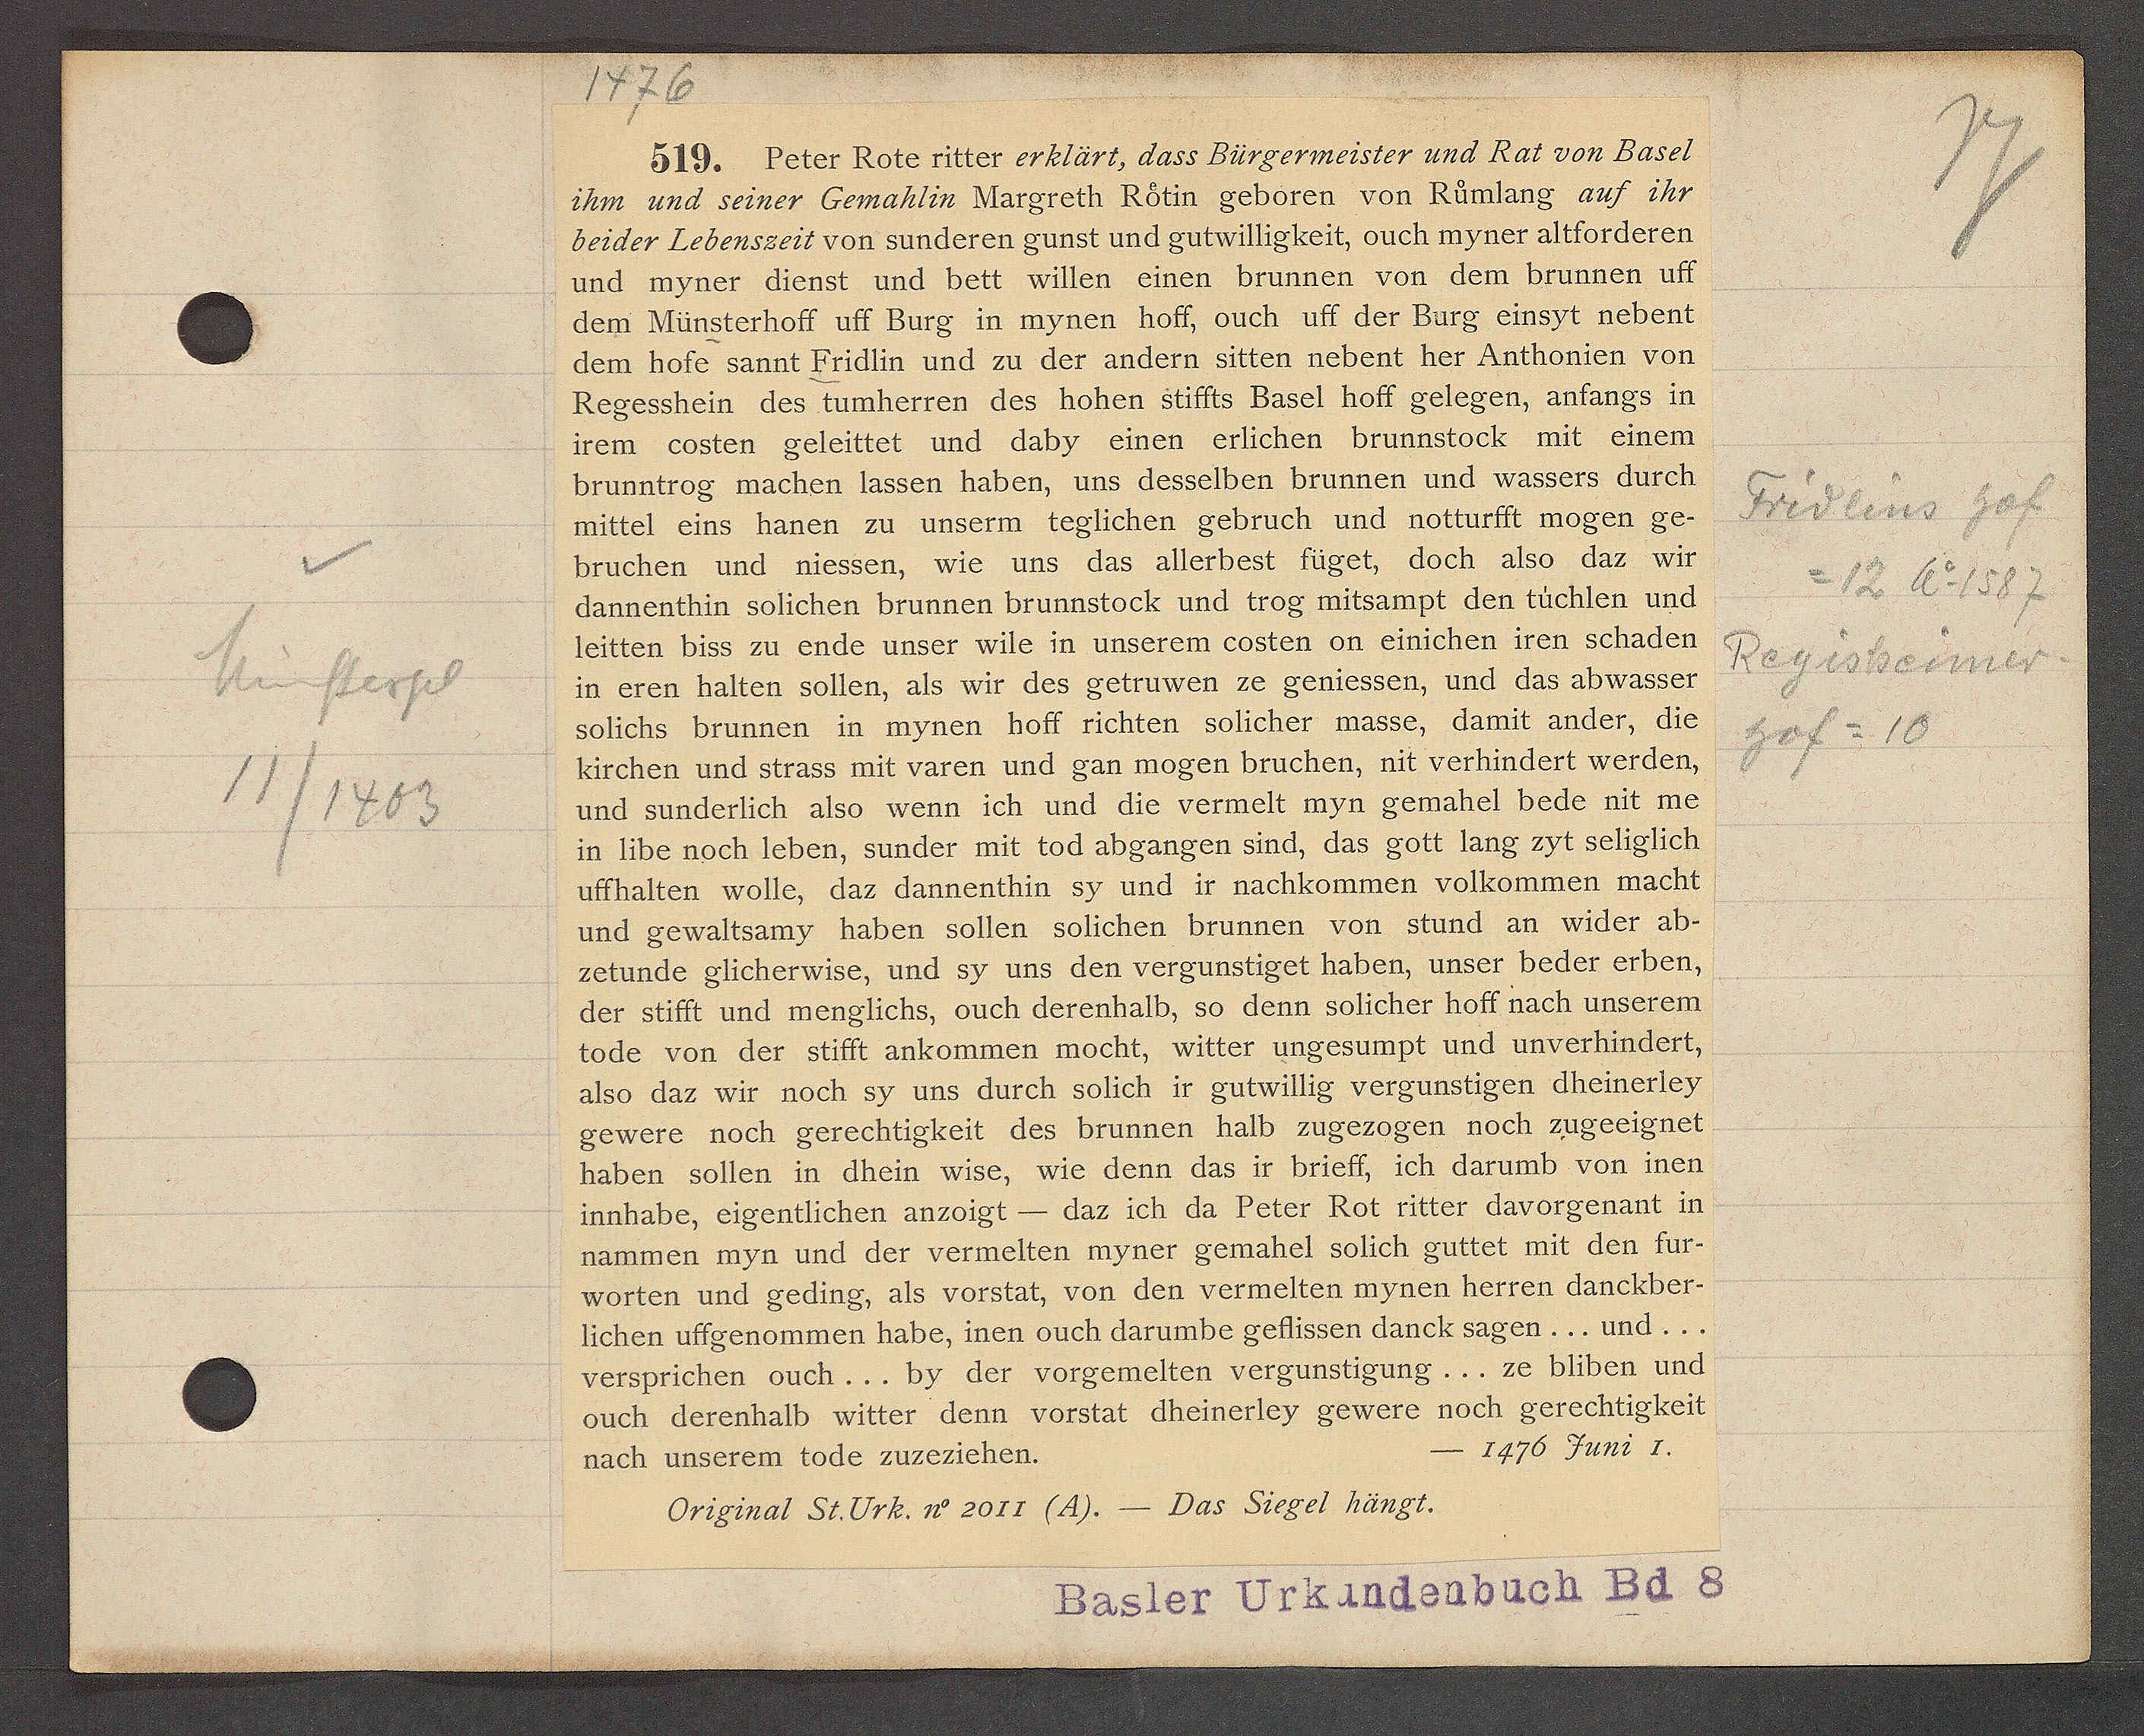
Transcript:
Münsterpl

1403

513. Peter Roteritter erklärt, dass Bürgermeister und Rat von Basel
ihm und seiner Gemahlin Margreth Rotin geboren von Rümlang auf ihr
beider Lebensseit von sunderen zunst und gutwigkeit, ouch miner allforderen

und eiger dienst und bett wilen einen Brunnen von dem Brunnen ult
dem Münsterhoft uff Burg in nen hatt, ouch uft der Burg einsit nebent
dem hote sannt Fridlin und in der andern sitten nebent her Anthonien von
Regesshein des hunherren des hohen Stifts Basel hott gelegen, an tanss in
irem costen geleittet und dabr einen erlichen Brunnstock mit einem
Brunstrog nachen lassen haben, uns desselben Brunnen und wassers durch
Fridlins hof
Mittel eins hanen ein unserm teglichen gebruch und votburttt wogen ge
Druchen und sessen, wie uns das allerbest fuget Joch also das Wir
12 Ao 1587
Jannenthin solichen Brunnen Brunnstock und Frog mitsampt den Luchlen und
Seitten biss in ende unser wilee in unserem costen on einichen iren Schade
Regisheimer
in eren halten sollen, als wir des getruwen ze geniessen, und das abwasser
solichs Brunnen in minen hott richten solicher masse, damit ander, die
hof = 10
Kirchen und strass mit varen und gan wegen bruchen, git verhindert werden,
und sunderlich alse wenn ich und die vermelt n gemahel bede mit me
in libe noch leben, under mit tod abgangen sind, das gott lang zt seliglich
thalten wolle, das dangenthin Sr und ir nachkommen vorkommen nacht
und gewaltsam, haben sollen solichen Brunnen von stund an wider ab
getunde glicherwise, und ir uns den vergunstiget haben, unser beder erben,
der Stift und nenglichs, ouch derenhalb, so denn solicher hatt nach unserem
tode von der Stiftt ankommen nocht, witter ungesumpt und unverhindert
also das wir noch 5r uns durch solich ir gutwig vergunstigen Theinerler
gewere noch gerechtigkeit des brunnen halb zugezogen noch zugeeignet
haben sollen in Thein wise, wie denn das ir brieft, ich darumb von inen
inhabe, eigentlichen aufolgt - das ich da Peter Rot ritter davorgenant in
nammen is und der vermelten ner gemahel solich guttet mit den Hur¬
worten und geding, als vorstat, von den vermelten iren herren danckber¬
lichen ufgenommen habe, inen ouch darumbe gebissen danch sagen... und...
versprichen ouch. . Er der vorgemelten vergunstigung ze Eliben und
ouch derenhalb witter denn vorstat Theinerler gewere noch gerechtigkeit
1476 Juni 1.
nach unserem tode zugerichen.
Originat St. Urk. v sore l. - Das Fiegel hängt.

Basler Vrkundenbuch 8 8